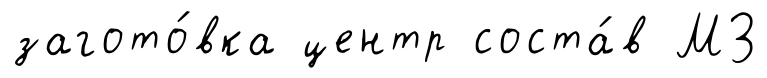
загото́вка центр соста́в МЗ